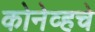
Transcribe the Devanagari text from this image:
कोनेव्हचे